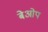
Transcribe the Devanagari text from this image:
बेओप